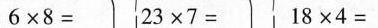
$$6 \times 8 =$$ $$2 3 \times 7 =$$ $$1 8 \times 4 =$$